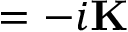
\mathbf { \partial } = - i \mathbf { K }